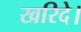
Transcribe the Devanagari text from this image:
खरिदे।